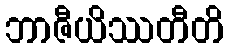
ဘာဇီယိဿတီတိ